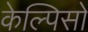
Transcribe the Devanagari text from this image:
केल्पिसो